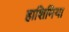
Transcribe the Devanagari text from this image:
हाशिमिया